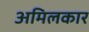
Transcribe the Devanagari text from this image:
अमिलकार